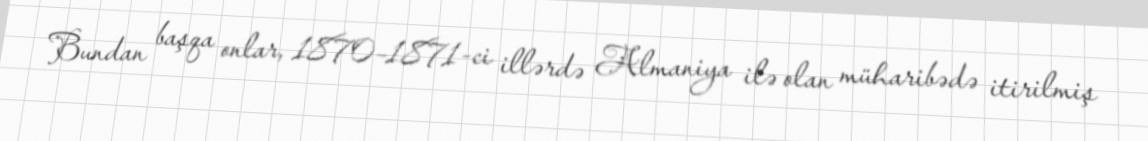
Bundan başqa onlar, 1870–1871-ci illərdə Almaniya ilə olan müharibədə itirilmiş